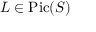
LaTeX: L \in { \mathrm { P i c } } ( S )